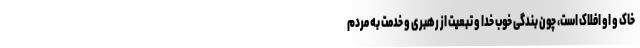
خاک و او افلاک است، چون بندگی خوب خدا و تبعیت از رهبری و خدمت به مردم